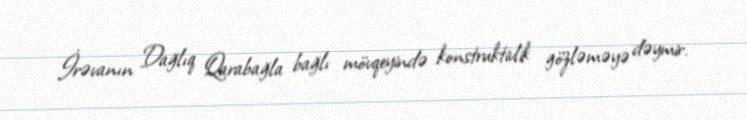
İrəvanın Dağlıq Qarabağla bağlı mövqeyində konstruktivlik gözləməyə dəymir.